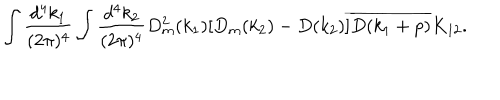
LaTeX: \begin{array} { c } { { \displaystyle \int \frac { d ^ { 4 } k _ { 1 } } { ( 2 \pi ) ^ { 4 } } \int \frac { d ^ { 4 } k _ { 2 } } { ( 2 \pi ) ^ { 4 } } D _ { m } ^ { 2 } ( k _ { 1 } ) [ D _ { m } ( k _ { 2 } ) - D ( k _ { 2 } ) ] \overline { { { D ( k _ { 1 } + p ) } } } K _ { 1 2 } . } } \\ \end{array}